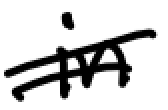
Text: in
Cross-out: double-line
Writing tool: digital_black